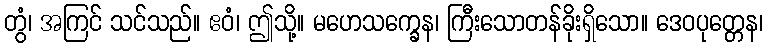
တွံ၊ အကြင် သင်သည်။ ဧဝံ၊ ဤသို့။ မဟေသက္ခေန၊ ကြီးသောတန်ခိုးရှိသော။ ဒေဝပုတ္တေန၊